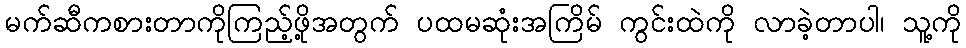
မက်ဆီကစားတာကိုကြည့်ဖို့အတွက် ပထမဆုံးအကြိမ် ကွင်းထဲကို လာခဲ့တာပါ၊ သူ့ကို